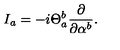
I _ { a } = - i \Theta _ { a } ^ { b } \frac { \partial } { \partial \alpha ^ { b } } .